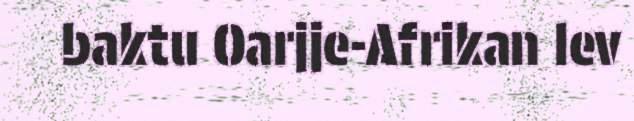
baktu Oarjje-Afrikan lev